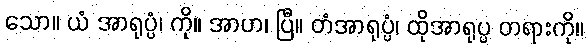
သော။ ယံ အာရုပ္ပံ၊ ကို။ အာဟ၊ ပြီ။ တံအာရုပ္ပံ၊ ထိုအာရုပ္ပ တရားကို။